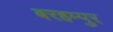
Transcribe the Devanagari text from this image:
बरहम्पुर